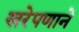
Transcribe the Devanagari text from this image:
खरेपणाने